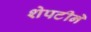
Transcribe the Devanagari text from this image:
शेपटीने